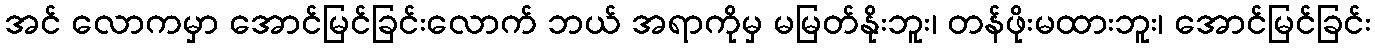
အင် လောကမှာ အောင်မြင်ခြင်းလောက် ဘယ် အရာကိုမှ မမြတ်နိုးဘူး၊ တန်ဖိုးမထားဘူး၊ အောင်မြင်ခြင်း